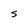
Character: S